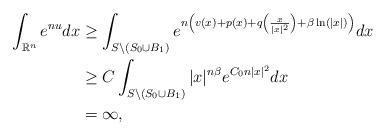
LaTeX: \begin{align*}\int_{\mathbb{R}^n}e^{nu}dx&\geq\int_{S\backslash (S_0\cup B_1)}e^{n\left(v(x)+p(x)+q\left(\frac{x}{|x|^2}\right)+\beta \ln(|x|)\right)}dx\\&\geq C\int_{S\backslash (S_0\cup B_1)}|x|^{n\beta}e^{C_0 n |x|^2}dx\\&=\infty,\end{align*}